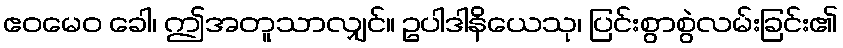
ဧဝမေဝ ခေါ၊ ဤအတူသာလျှင်။ ဥပါဒါနိယေသု၊ ပြင်းစွာစွဲလမ်းခြင်း၏